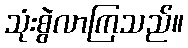
သုံးစွဲလာကြသည်။